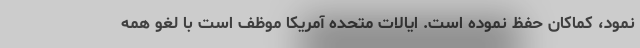
نمود، کماکان حفظ نموده است. ایالات متحده آمریکا موظف است با لغو همه